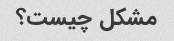
مشکل چیست؟